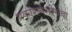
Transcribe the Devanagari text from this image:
प्रकाशनसंस्थेचा